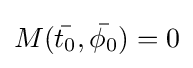
M({\bar {t_{0}}},{\bar {\phi _{0}}})=0